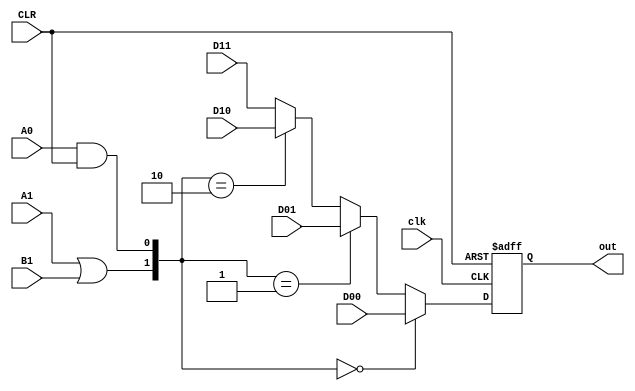

module S1 #(parameter n= 1) (input[n-1:0] D00, D01, D10 , D11 ,input A1,B1 , A0, CLR, clk,  output reg [n-1:0] out);

    wire S0, S1 ;
    wire [n-1:0] mux_out ;

    assign S1 = A1 || B1;
    assign S0 = A0 && CLR;


    assign mux_out = ({S1,S0}==2'b00) ? D00 :
                 ({S1,S0}==2'b01) ? D01 :
                 ({S1,S0}==2'b10) ? D10 : D11;
    
    always @(posedge clk or posedge CLR) 
    begin
        if(CLR==1'b1)
            out <= 1'b0; 
        else 
            out <= mux_out; 
    end 
    

endmodule